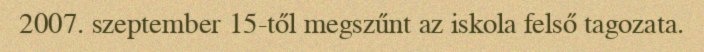
2007. szeptember 15-től megszűnt az iskola felső tagozata.